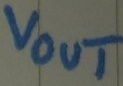
Text: vout